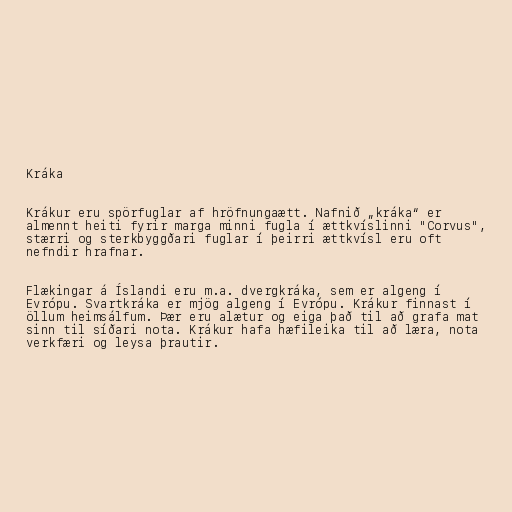
Kráka

Krákur eru spörfuglar af hröfnungaætt. Nafnið „kráka“ er
almennt heiti fyrir marga minni fugla í ættkvíslinni "Corvus",
stærri og sterkbyggðari fuglar í þeirri ættkvísl eru oft
nefndir hrafnar.

Flækingar á Íslandi eru m.a. dvergkráka, sem er algeng í
Evrópu. Svartkráka er mjög algeng í Evrópu. Krákur finnast í
öllum heimsálfum. Þær eru alætur og eiga það til að grafa mat
sinn til síðari nota. Krákur hafa hæfileika til að læra, nota
verkfæri og leysa þrautir.